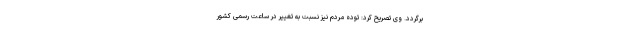
برگردد. وی تصریح کرد: توده مردم نیز نسبت به تغییر در ساعت رسمی کشور